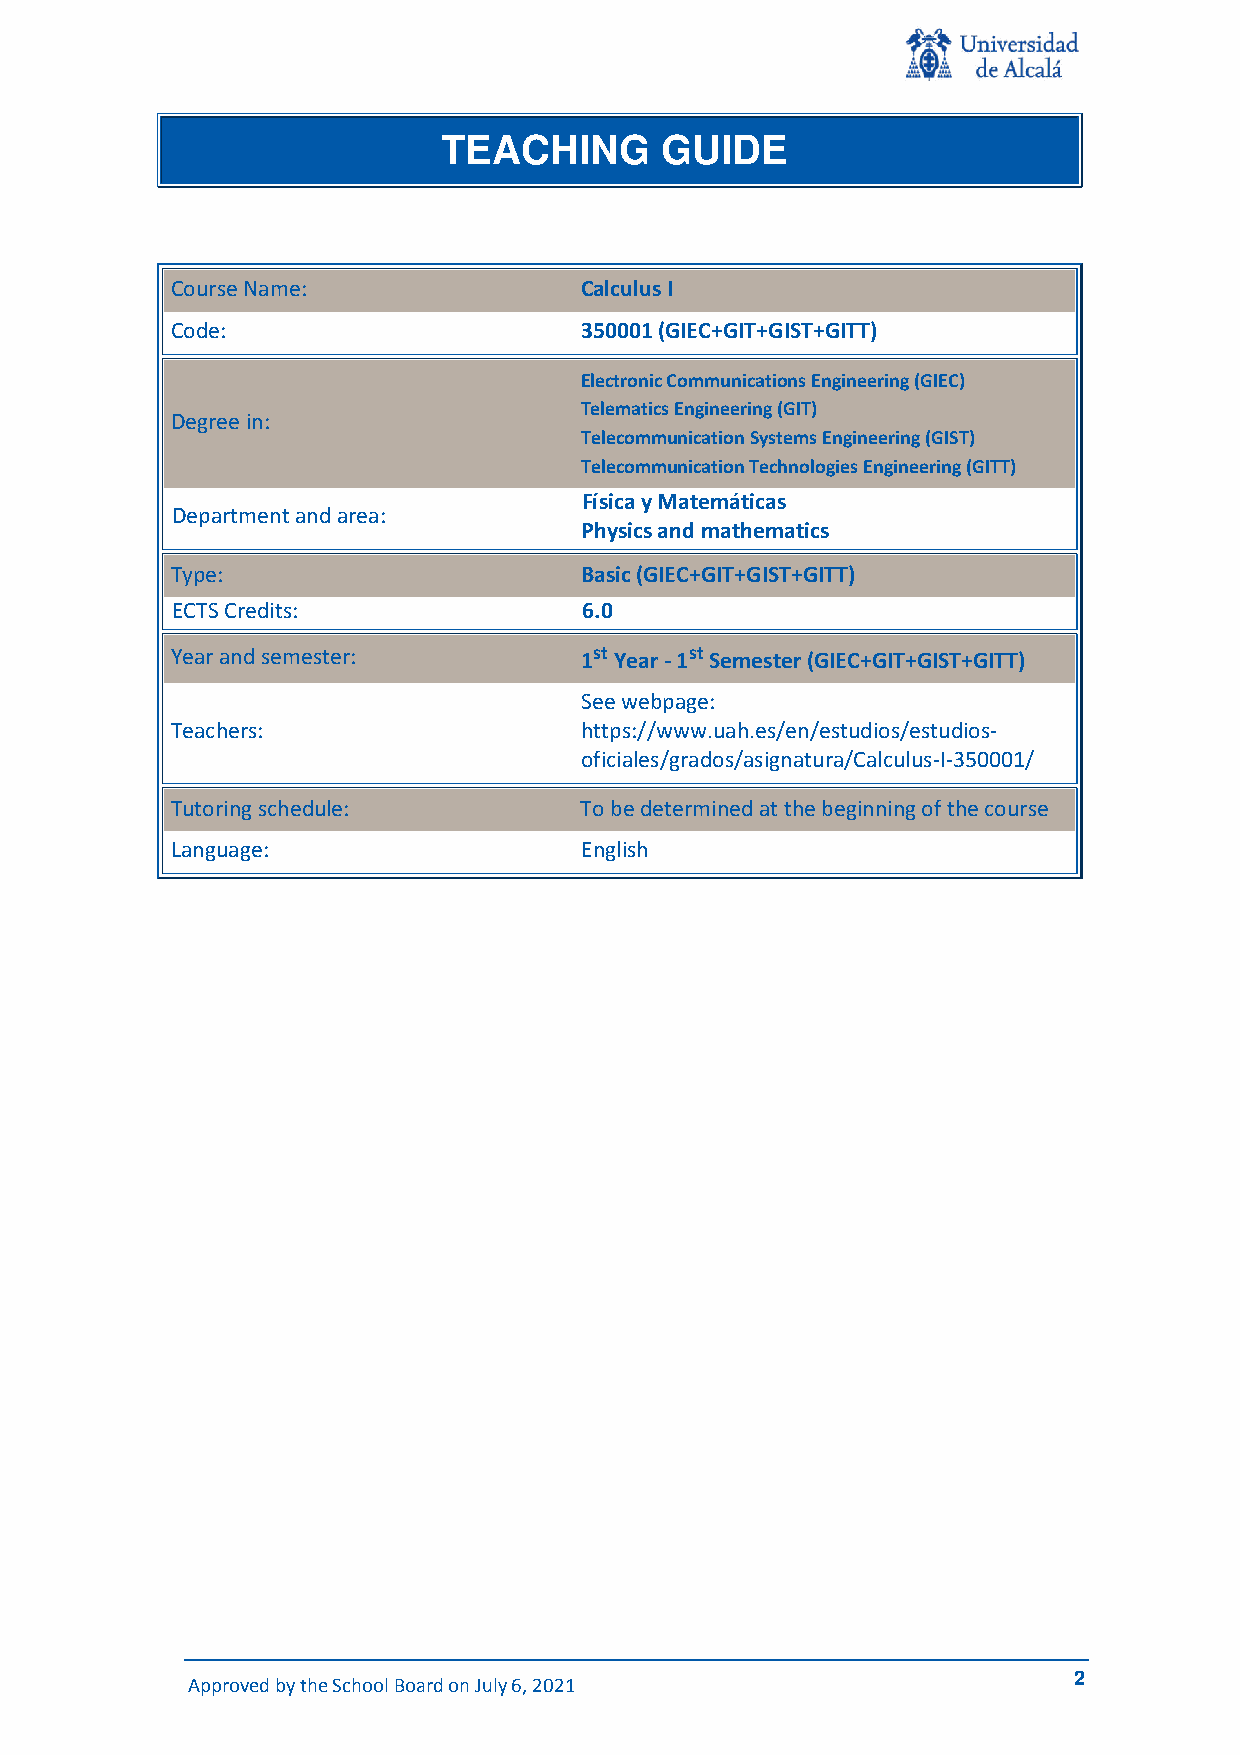
TEACHING       GUIDE
 Course Name:               Calculus I
 Code:                      350001 (GIEC+GIT+GIST+GITT)
 Electronic Communications Engineering (GIEC)
 Telematics Engineering (GIT)
 Degree in:
 Telecommunication Systems Engineering (GIST)
 Telecommunication Technologies Engineering (GITT)
 Física y Matemáticas
 Department and area:
 Physics and mathematics
 Type:                      Basic (GIEC+GIT+GIST+GITT)
 ECTS Credits:               6.0
 Year and semester:         1st Year - 1st Semester (GIEC+GIT+GIST+GITT)
 See webpage:
 Teachers:                  https://www.uah.es/en/estudios/estudios-
 oficiales/grados/asignatura/Calculus-I-350001/
 Tutoring schedule:         To be determined at the beginning of the course
 Language:                  English
 Approved by the School Board on July 6, 2021               2